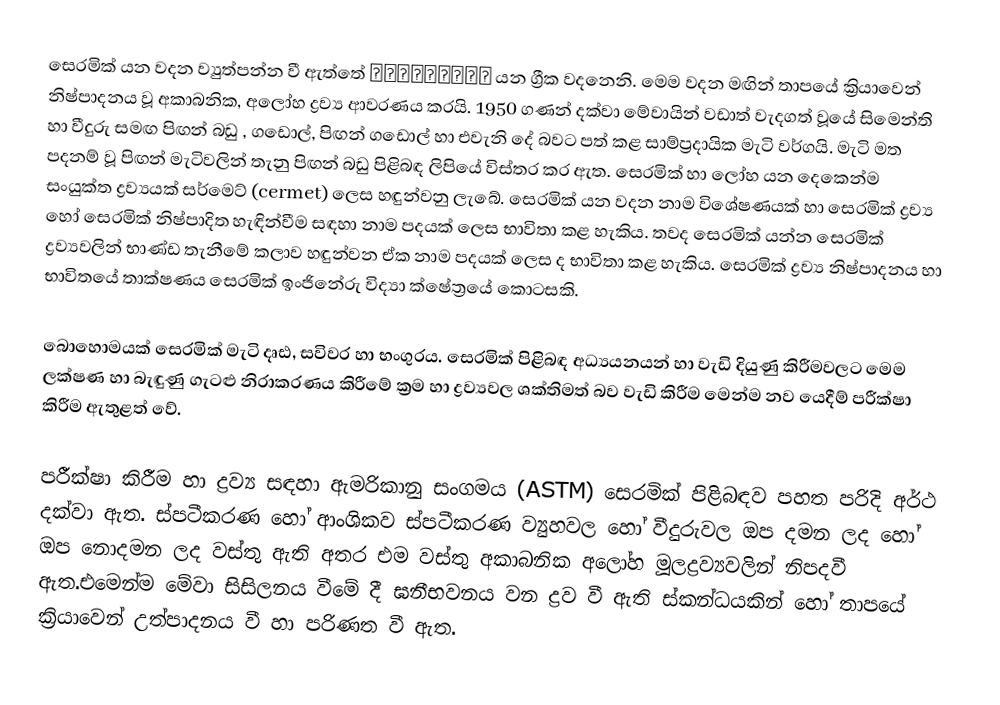
සෙරමික් යන වදන ව්‍යුත්පන්න වී ඇත්තේ κεραμικός යන ග්‍රීක වදනෙනි. මෙම වදන මඟින් තාපයේ ක්‍රියාවෙන් නිෂ්පාදනය වූ අකාබනික, අලෝහ ද්‍රව්‍ය ආවරණය කරයි. 1950 ගණන් දක්වා මේවායින් වඩාත් වැදගත් වූයේ සිමෙන්ති හා වීදුරු සමඟ පිඟන් බඩු , ගඩොල්, පිඟන් ගඩොල් හා එවැනි දේ බවට පත් කළ සාම්ප්‍රදායික මැටි වර්ගයි. මැටි මත පදනම් වූ පිඟන් මැටිවලින් තැනු පිඟන් බඩු පිළිබඳ ලිපියේ විස්තර කර ඇත. සෙරමික් හා ලෝහ යන දෙකෙන්ම සංයුක්ත ද්‍රව්‍යයක් සර්මෙට් (cermet) ලෙස හඳුන්වනු ලැබේ. සෙරමික් යන වදන නාම විශේෂණයක් හා සෙරමික් ද්‍රව්‍ය හෝ සෙරමික් නිෂ්පාදිත හැඳින්වීම සඳහා නාම පදයක් ලෙස භාවිතා කළ හැකිය. තවද සෙරමික් යන්න සෙරමික් ද්‍රව්‍යවලින් භාණ්ඩ තැනීමේ කලාව හඳුන්වන ඒක නාම පදයක් ලෙස ද භාවිතා කළ හැකිය. සෙරමික් ද්‍රව්‍ය නිෂ්පාදනය හා භාවිතයේ තාක්ෂණය සෙරමික් ඉංජිනේරු විද්‍යා ක්ෂේත්‍රයේ කොටසකි.

බොහොමයක් සෙරමික් මැටි දෘඪ, සවිවර හා භංගුරය. සෙරමික් පිළිබඳ අධ්‍යයනයන් හා වැඩි දියුණු කිරීමවලට මෙම ලක්ෂණ හා බැඳුණු ගැටළු නිරාකරණය කිරීමේ ක්‍රම හා ද්‍රව්‍යවල ශක්තිමත් බව වැඩි කිරීම මෙන්ම නව යෙදීම් පරීක්ෂා කිරීම ඇතුළත් වේ.

පරීක්ෂා කිරීම හා ද්‍රව්‍ය සඳහා ඇමරිකානු සංගමය (ASTM)  සෙරමික් පිළිබඳව පහත පරිදි අර්ථ දක්වා ඇත. ස්පටීකරණ හෝ ආංශිකව ස්පටීකරණ ව්‍යුහවල හෝ වීදුරුවල ඔප දමන ලද හෝ ඔප නොදමන ලද වස්තු ඇති අතර එම වස්තු අකාබනික අලෝහ මූලද්‍රව්‍යවලින් නිපදවී ඇත.එමෙන්ම මේවා  සිසිලනය වීමේ දී ඝනීභවනය වන ද්‍රව වී ඇති ස්කන්ධයකින් හෝ තාපයේ ක්‍රියාවෙන් උත්පාදනය වී හා පරිණත වී ඇත.